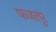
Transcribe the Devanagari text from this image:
फजलुर